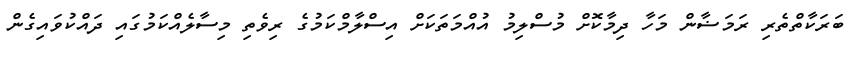
ބަރަކާތްތެރި ރަމަޟާން މަހާ ދިމާކޮށް މުސްލިމު އުއްމަތަކަށް އިސްލާމްކަމުގެ ރިވެތި މިސާލެއްކަމުގައި ދައްކުވައިގެން